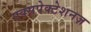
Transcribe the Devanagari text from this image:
एक्सपेक्टेशनज़